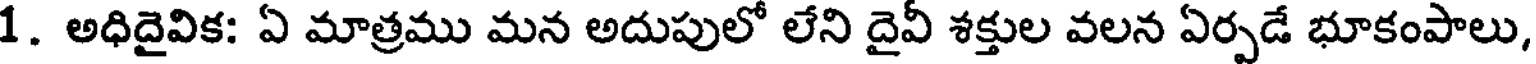
1. అధిదైవిక: ఏ మాత్రము మన అదుపులో లేని దైవీ శక్తుల వలన ఏర్పడే భూకంపాలు